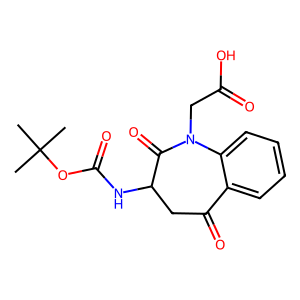
SMILES: CC(C)(C)OC(=O)NC1CC(=O)c2ccccc2N(CC(=O)O)C1=O
Inhibits HIV replication: No